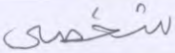
شخصي